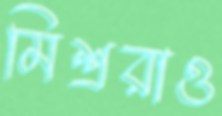
মিশ্ররাও